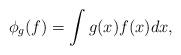
LaTeX: \begin{align*}\phi_g(f) = \int g(x) f(x) dx,\end{align*}